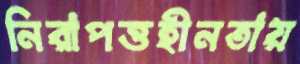
নিরাপত্তহীনতায়